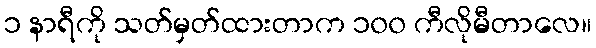
၁ နာရီကို သတ်မှတ်ထားတာက ၁၀၀ ကီလိုမီတာလေ။